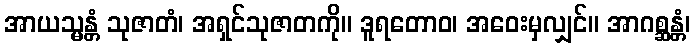
အာယသ္မန္တံ သုဇာတံ၊ အရှင်သုဇာတကို။ ဒူရတောဝ၊ အဝေးမှလျှင်။ အာဂစ္ဆန္တံ၊